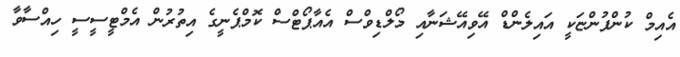
އެއިމް ކުންފުންޏަކީ އައިލެންޑް އޭވިއޭޝަނާއި މޯލްޑިވްސް އެއާޕޯޓްސް ކޮމްޕެނީގެ އިތުރުން އެމްޓީސީސީ ހިއްސާވާ